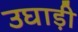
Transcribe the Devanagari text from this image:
उघाड़ी